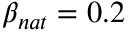
\beta _ { n a t } = 0 . 2